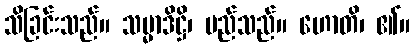
သိခြင်းသည်။ သမ္မာဒိဋ္ဌိ၊ မည်သည်။ ဟောတိ၊ ၏။